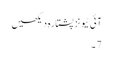
آئی ٹیونز پشتارہ دیکھیں
7 ۔